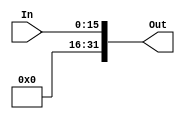

module SIGN_EXT (Out,In);

   input wire [15:0] In;
   output  [31:0] Out;
   
   assign Out = In;  

   
endmodule